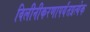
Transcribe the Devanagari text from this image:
विलीनीकरणापर्यंतप्रत्येक